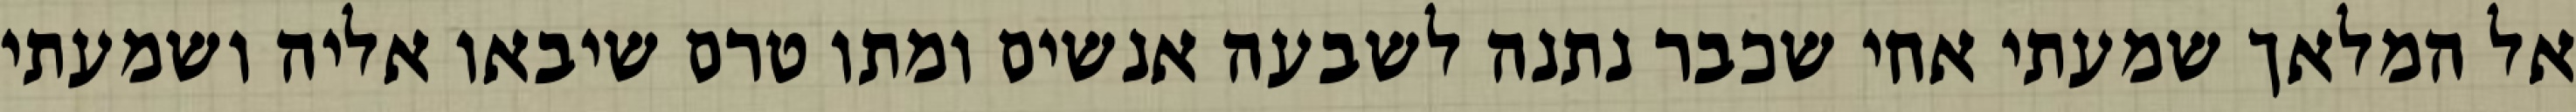
אל המלאך שמעתי אחי שכבר נתנה לשבעה אנשים ומתו טרם שיבאו אליה ושמעתי